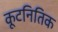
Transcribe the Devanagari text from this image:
कूटनितिक